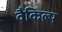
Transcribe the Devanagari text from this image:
वैकिल्प